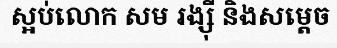
ស្អប់លោក សម រង្ស៊ី និងសម្តេច